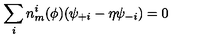
\sum _ { i } n _ { m } ^ { i } ( \phi ) ( \psi _ { + i } - \eta \psi _ { - i } ) = 0